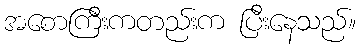
အစောကြီးကတည်းက ပြီးနေသည်။